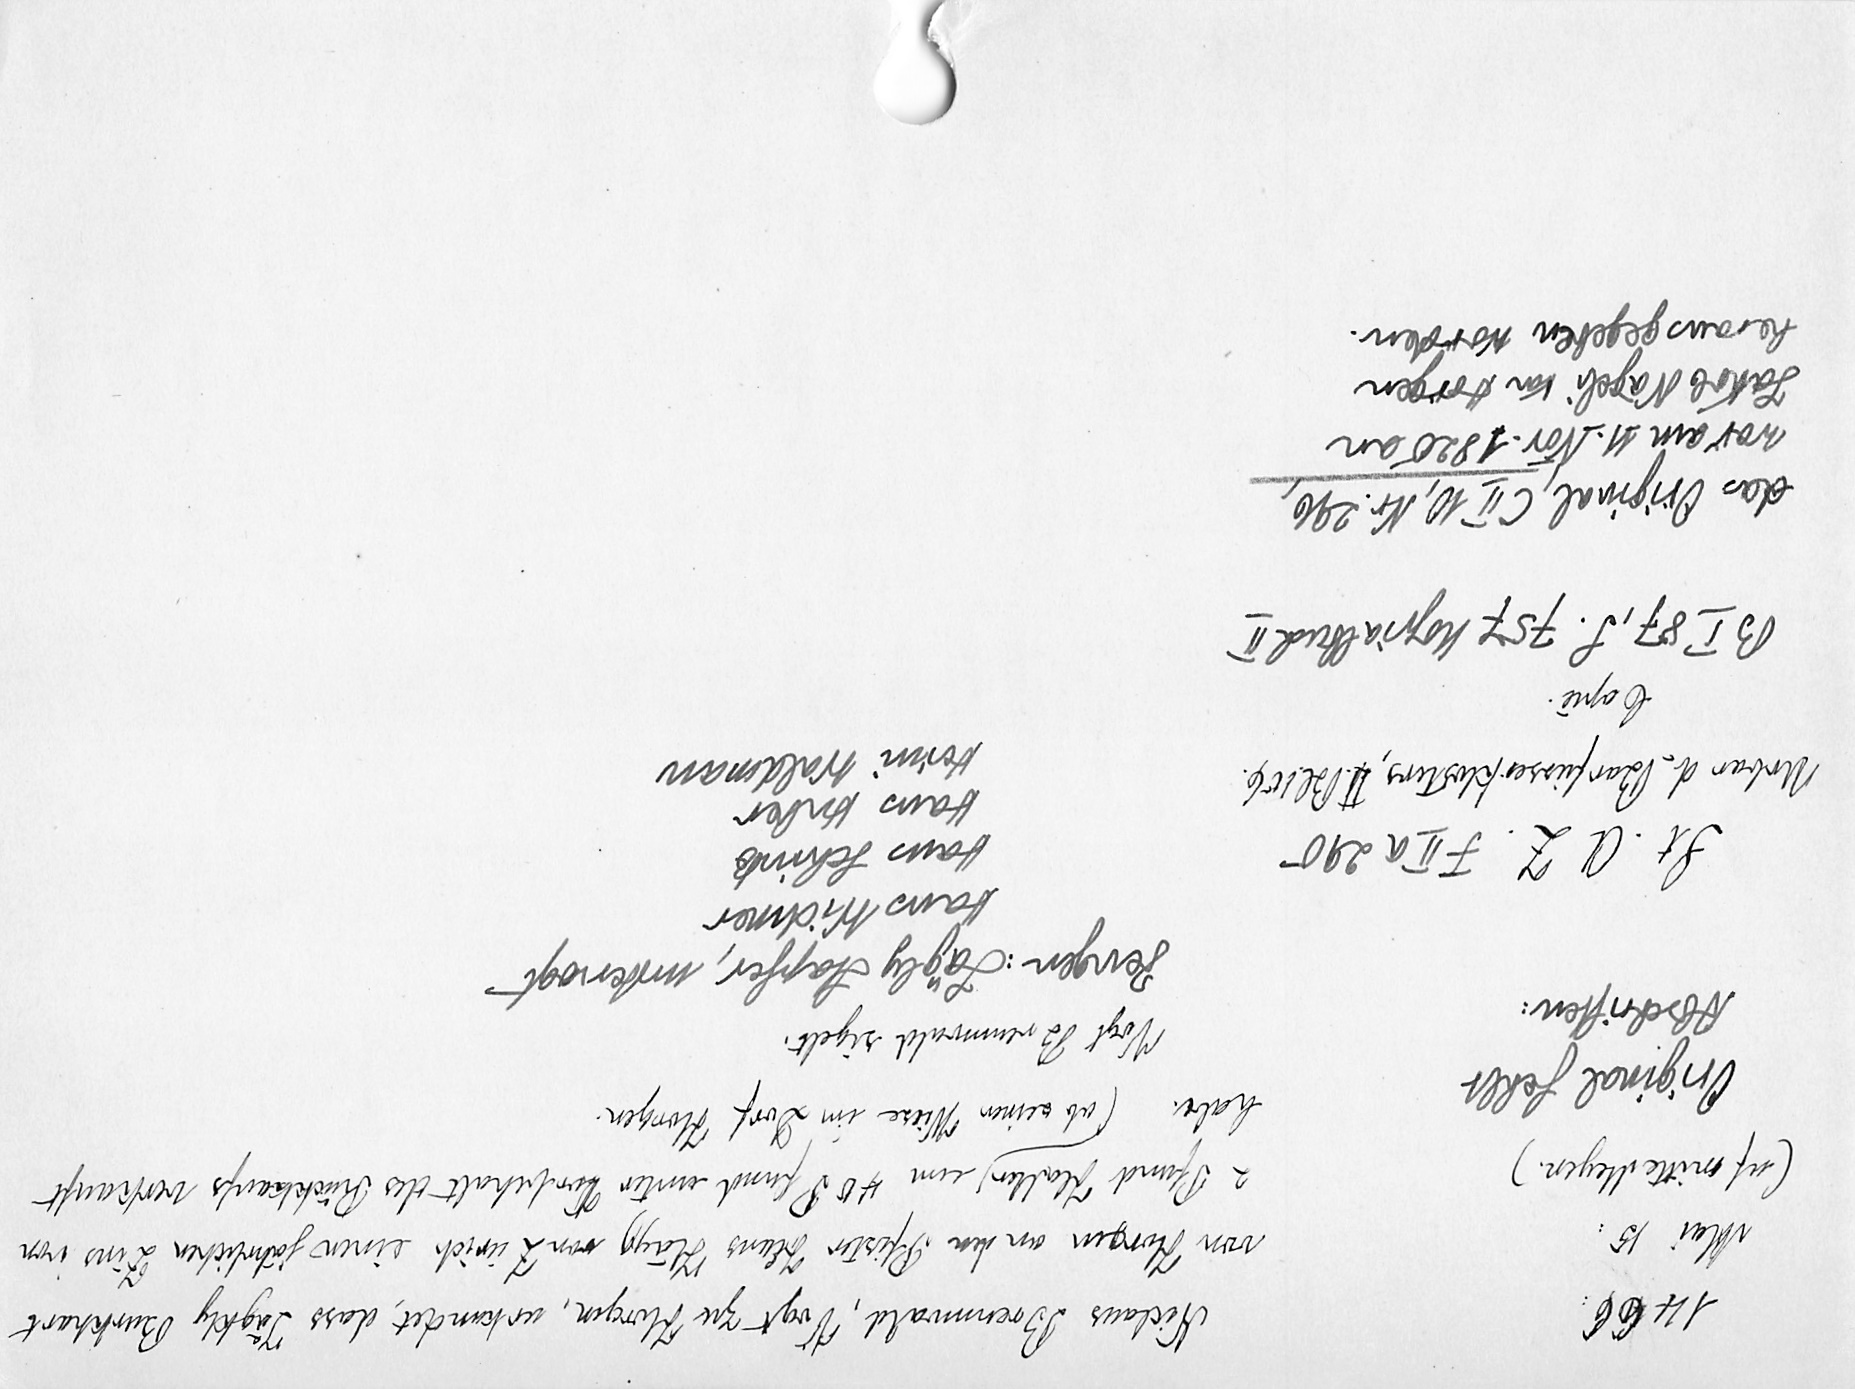
1466
Mai 15
(uf mitte Meyen.)
Original fehlt
Abschriften:
St. A Z. F II a 290
Urbar d. Barfüsserklosters, II Bl. 106.
Copie
B I. 87, S. 757 Kopialbuch II
das Original, C II 10, Nr. 296
war am 11. Nov. 1820 an
Jakob Nägeli von Horgen
herausgegeben worden.

Nicluas Brennwald, Vogt aus Horgen , urkundet, dass Jaͤgkly Burkhart
von Horgen an den Pfister Hans Hägg von Zürich einen jährlichen Zins von
2 Pfund Haller um 40 Pfund unter Vorbehalt des Rückkaufs verkauft
habe. ob seinen Wiese im Dorf Horgen
Vogt Brennwald sigelt
Zeugen: Jägly Stapfer, Untervogt
Hans Widmer
Hans Schintz
Hans Huber
Heini Waldman